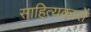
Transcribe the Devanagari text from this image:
साहित्‍यकारों